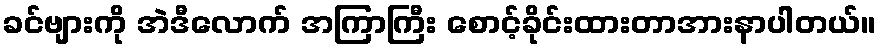
ခင်ဗျားကို အဲဒီလောက် အကြာကြီး စောင့်ခိုင်းထားတာအားနာပါတယ်။